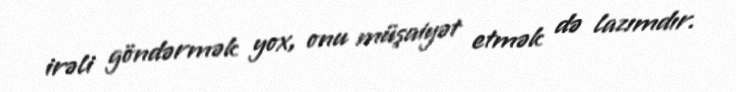
irəli göndərmək yox, onu müşaiyət etmək də lazımdır.